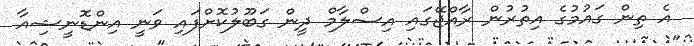
އެ ތިން ގައުމުގެ އިތުރުން ރާއްޖޭގައި އިސްލާމް ދީން ގަބޫލުކޮށްފައި ވަނީ އިންޑޮނީޝިއާ